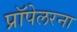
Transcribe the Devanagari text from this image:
प्रॉपेलरना